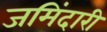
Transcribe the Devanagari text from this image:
जमिंदारी